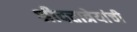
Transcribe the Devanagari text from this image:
श्रीदत्तात्रेयांची